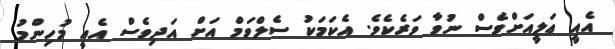
އެއީ ޢަލީއަށްވެސް ނުވާ ވަރެކެވެ. އެކަމަކު ސެލްވަމް އަށް އަދިވެސް އެއީ މުހިންމު